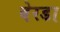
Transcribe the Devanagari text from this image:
बेरडा